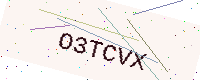
Text: O3TCVX